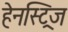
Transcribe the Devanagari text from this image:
हेनस्ट्रिज